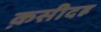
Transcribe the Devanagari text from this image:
क़सीदह